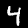
Label: 4